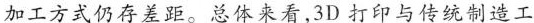
加工方式仍存差距。总体来看,3D打印与传统制造工